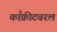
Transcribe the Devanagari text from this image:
काँक्रीटवरल